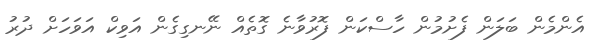
އެންމެން ބަލަން ފެށުމުން ހާސްކަން ފޮރުވާނެ ގޮތެއް ނޭނގިގެން އަވިކް އަވަހަށް ދުރު